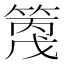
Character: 𥱗